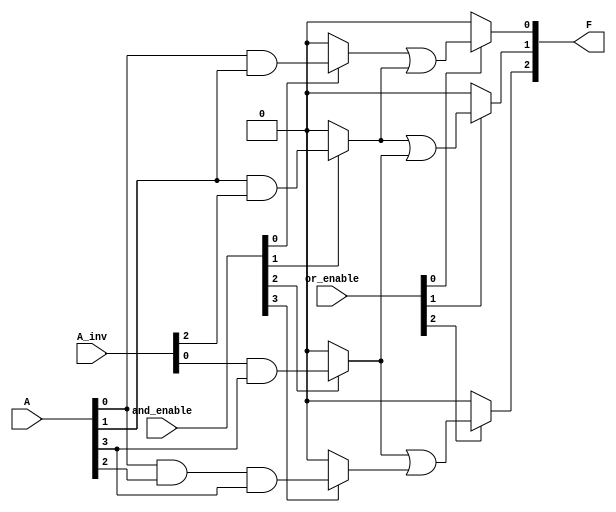
module PLA (
    input wire [3:0] A,       // 4 input signals A1, A2, A3, A4
    input wire [3:0] A_inv,   // Inverted inputs (A1', A2', A3', A4')
    input wire [3:0] and_enable, // Control signals for AND gates
    input wire [3:0] or_enable,  // Control signals for OR gates
    output wire [2:0] F        // 3 output signals F1, F2, F3
);

// AND Array
wire P0, P1, P2, P3; // Product terms

assign P0 = (and_enable[0]) ? (A[0] & A[1]) : 1'b0; // P0 = A1 AND A2
assign P1 = (and_enable[1]) ? (A[1] & A_inv[2]) : 1'b0; // P1 = A2 AND A3'
assign P2 = (and_enable[2]) ? (A_inv[0] & A[3]) : 1'b0; // P2 = A1' AND A4
assign P3 = (and_enable[3]) ? (A[0] & A[2] & A[3]) : 1'b0; // P3 = A1 AND A3 AND A4

// OR Array
assign F[0] = (or_enable[0]) ? (P0 | P1) : 1'b0; // F1 = P0 OR P1
assign F[1] = (or_enable[1]) ? (P1 | P2) : 1'b0; // F2 = P1 OR P2
assign F[2] = (or_enable[2]) ? (P2 | P3) : 1'b0; // F3 = P2 OR P3

endmodule